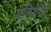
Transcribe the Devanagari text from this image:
एडियेटर